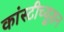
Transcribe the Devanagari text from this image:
कांस्टीच्यूशन